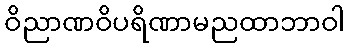
ဝိညာဏဝိပရိဏာမညထာဘာဝါ